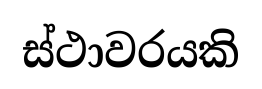
ස්ථාවරයකි